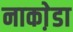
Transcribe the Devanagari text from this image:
नाका़ेडा